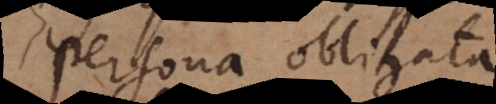
Persona obligata